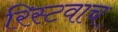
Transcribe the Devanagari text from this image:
रिस्टवाच